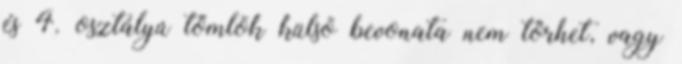
és 4. osztályú tömlõk külsõ bevonata nem törhet, vagy